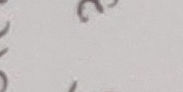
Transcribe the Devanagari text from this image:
२